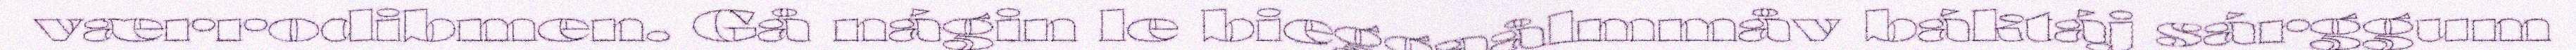
værrodibmen. Gå nágin le bieggaålmmåv báktáj sárggum